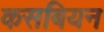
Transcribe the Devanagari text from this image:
कसबियन